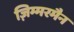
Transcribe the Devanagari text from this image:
ज़िम्मरमैन